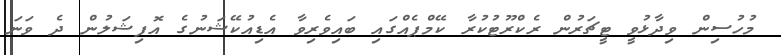
މުހުސިން ވިދާޅުވީ ޓީޗަރުން ރެކްރޫޓުކުރާ ކޭމްޕެއްގައި ބައިވެރިވާ އެޑިއުކޭޝަނުގެ އޮފިޝަލުން ދެ ވަނަ